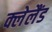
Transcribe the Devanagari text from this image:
क्लेलैंड